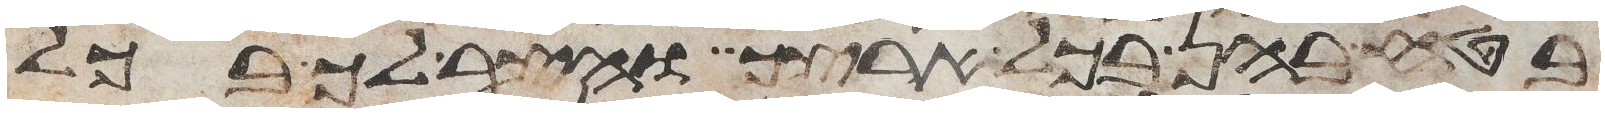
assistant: בטח בהן בכל ארצך והצר לך בכל